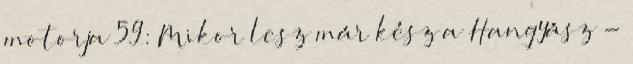
motorja 59: Mikor lesz már kész a Hangyász -